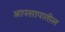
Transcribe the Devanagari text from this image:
आपसापातील